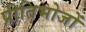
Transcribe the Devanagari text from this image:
प्रीतिभोजों